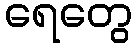
ရေတွေ